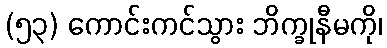
(၅၃) ကောင်းကင်သွား ဘိက္ခုနီမကို၊